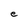
Character: e